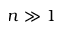
n \gg 1